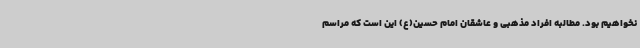
نخواهیم بود. مطالبه افراد مذهبی و عاشقان امام حسین(ع) این است که مراسم